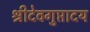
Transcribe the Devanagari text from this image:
श्रीदेवगुप्तादय